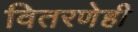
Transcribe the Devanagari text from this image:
वितरणेही